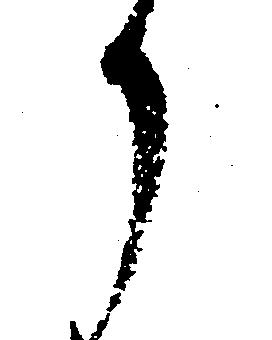
か